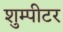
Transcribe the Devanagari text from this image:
शुम्पीटर